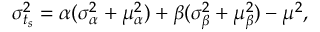
\sigma _ { t _ { s } } ^ { 2 } = \alpha ( \sigma _ { \alpha } ^ { 2 } + \mu _ { \alpha } ^ { 2 } ) + \beta ( \sigma _ { \beta } ^ { 2 } + \mu _ { \beta } ^ { 2 } ) - \mu ^ { 2 } ,